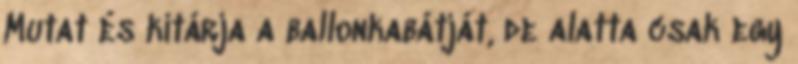
Mutat és kitárja a ballonkabátját, de alatta csak egy